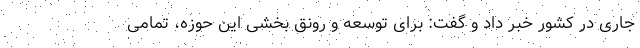
جاری در کشور خبر داد و گفت: برای توسعه و رونق بخشی این حوزه، تمامی